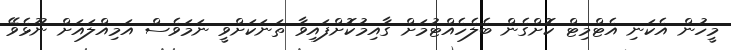
މީހުން އެކަނި އެޓްމިޓް ކޮށްގެން ބެލެހެއްޓުމަށް ގާއިމުކޮށްފައިވާ ތަނަކަށްވީ ނަމަވެސް އަމިއްލައަށް ނޫޅެވޭ